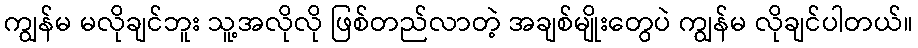
ကျွန်မ မလိုချင်ဘူး သူ့အလိုလို ဖြစ်တည်လာတဲ့ အချစ်မျိုးတွေပဲ ကျွန်မ လိုချင်ပါတယ်။